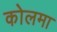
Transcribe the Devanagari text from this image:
कोलमा